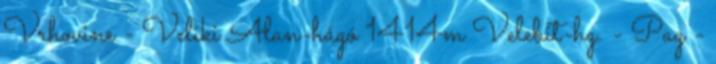
Vrhovine - Veliki Alan-hágó 1414m Velebit-hg. - Pag -